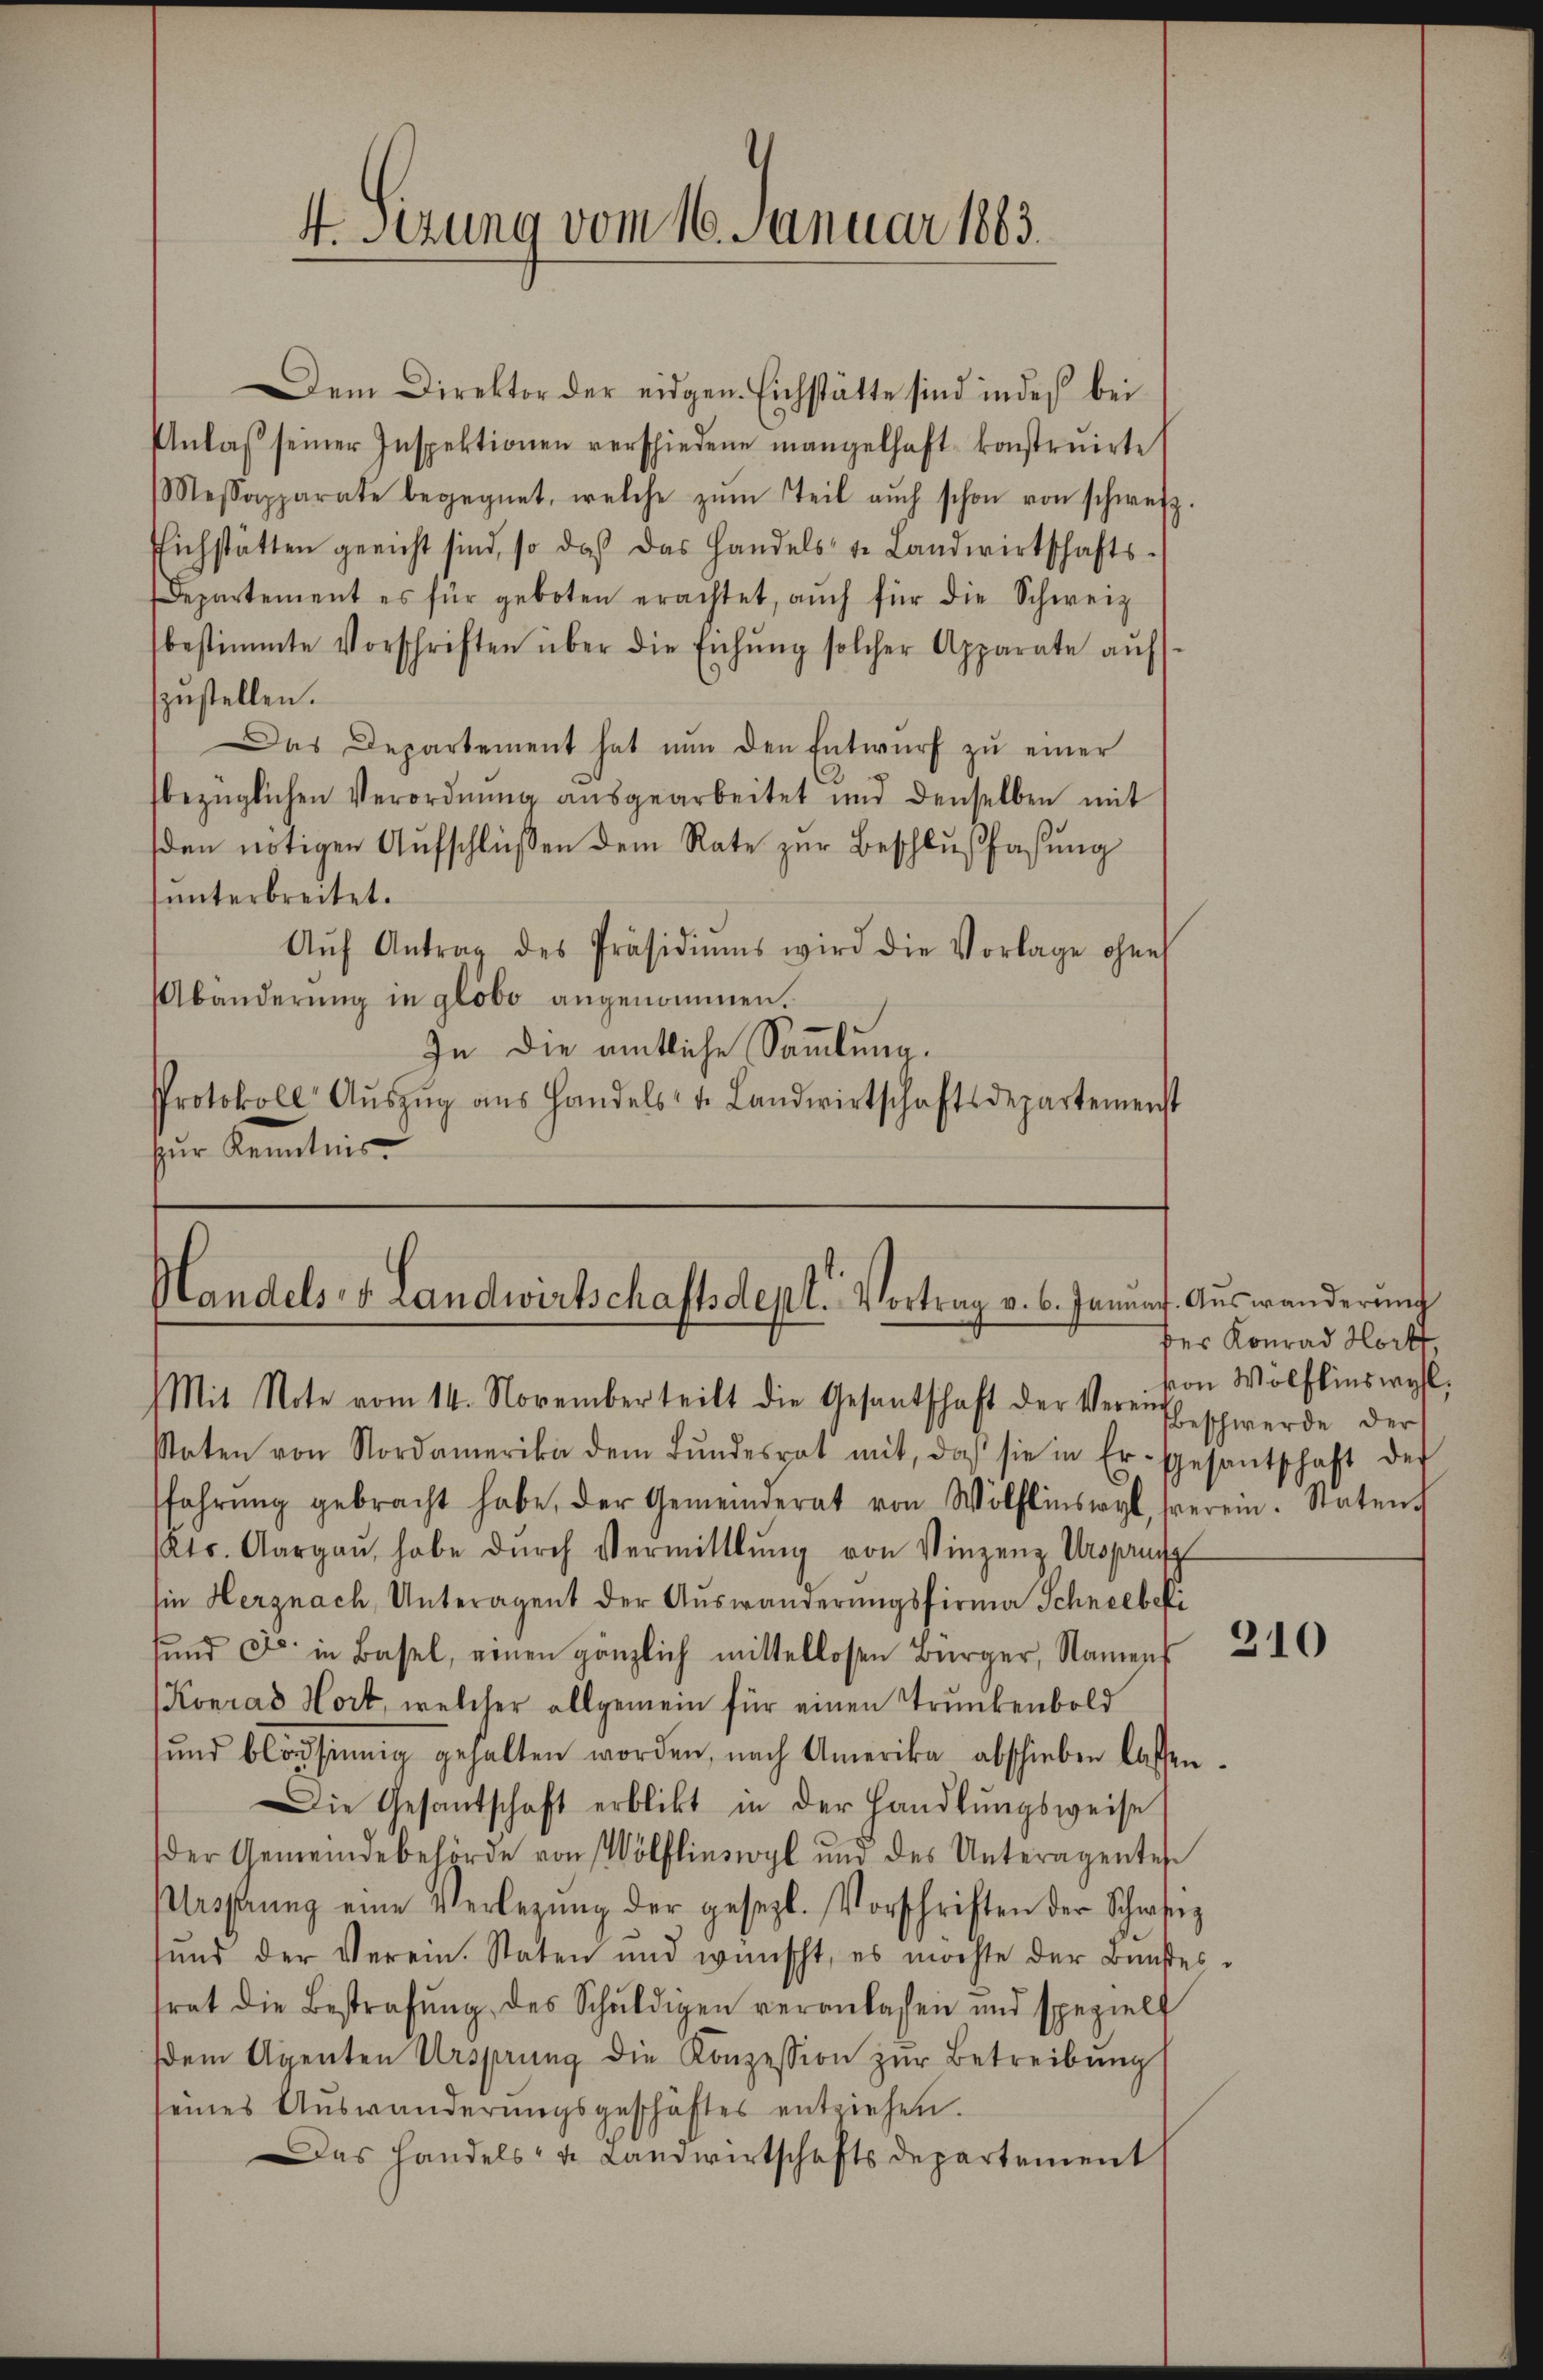
4. Sizung vom 16. Januar 1883.

Dem Direktor der eidgen. Eichstätte sind indes bei
Unlaβ seiner Inspektionen verschiedene mangelhaft konstruirte
Messapparate begegnet, welche zŭm Teil aŭch schon von schweiz.
Eichstätten gericht sind, so daß das Handels u. Landwirtschafts-
Departement es für geboten erachtet, aŭch für die Schweiz
bestimmte Vorschriften über die Eichŭng solcher Apparate aŭf-
szustellen.
Das Departement hat nŭn den Entwŭrf zŭ einer
bezüglichen Verordnŭng aŭsgearbeitet und denselben mit
den nötigen Aufschlüßen dem Rate zur Beschlußfaßung
unterbreitet.
Aŭf Antrag des Präsidiŭms wird die Vorlage ohne
Abänderung in globo angenommen.
In die amtliche Sammlung.
Protokoll Aŭszŭg aŭs Handels- u. Landwirtschaftsdepartemenst
für Kenntnis

Handels- & Landwirtschaftsdept. Vortrag v. 6. Januach Auswanderŭng
Mit Note vom 14. November teilt die Gesantschaft der Vereitschwerde der

Paten von Nordamerika dem Bŭndesrat mit, daß sie in Er-Gesantschaft der
ffahrŭng gebracht habe, der Gemeinderat von Wölflinswyl, berein. Statent
Kts. Aargaŭ, habe dŭrch Vermittlung von Vinzenz Ursprung
hie Herznach, Unteragent der Auswanderungsfirma Schneebeki
ŭnd F. in Basel, einen gänzlich mittellosen Bürger, Namen 24
(Konrad Hort, welcher allgemein für einen Trunkenbold
sŭnd blödsinnig gehalten worden, nach Amerika abschieben lassen.
Die Gesantschaft erblikt in der Handlŭngsweise
der Gemeindebehörde von Wölflinswyl und des Unteragentes
Ursprung eine Verlegŭng der gesezt. Vorschriften der Schweiz
ŭnd der Verein. Staten und wünscht, es möchte der Bunstes-
trat die Bestrafŭng des Schŭldigen veranlassen und spezielt
dem Agenten Ursprung die Konzession zŭr Betreibŭng
seines Auswanderungsgeschäftes entziehen.
as Handels- u. Landwirtschaftsdepartement

des Konrad Horst
von Wölflins wohl.